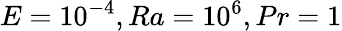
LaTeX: E=10^{-4},Ra=10^{6},Pr=1